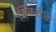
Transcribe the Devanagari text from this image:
सिकरौल